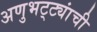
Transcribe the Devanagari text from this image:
अणुभट्ट्यांची